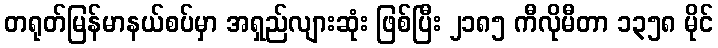
တရုတ်မြန်မာနယ်စပ်မှာ အရှည်လျားဆုံး ဖြစ်ပြီး ၂၁၈၅ ကီလိုမီတာ ၁၃၅၈ မိုင်